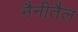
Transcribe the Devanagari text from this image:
नैनीतैल